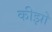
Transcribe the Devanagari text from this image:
कीझो